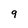
Character: 9